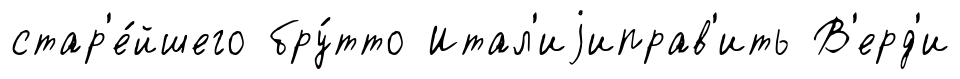
стар'е́йшего бру́тто Итал'иjиправ'ить В'ерд'и